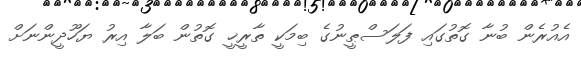
އެއުރެން ބުނާ ގޮތުގައި ފަލަސްޠީނުގެ ބިމަކީ ތާރީޚީ ގޮތުން ބަލާ އިރު ޔަހޫދީންނަށް